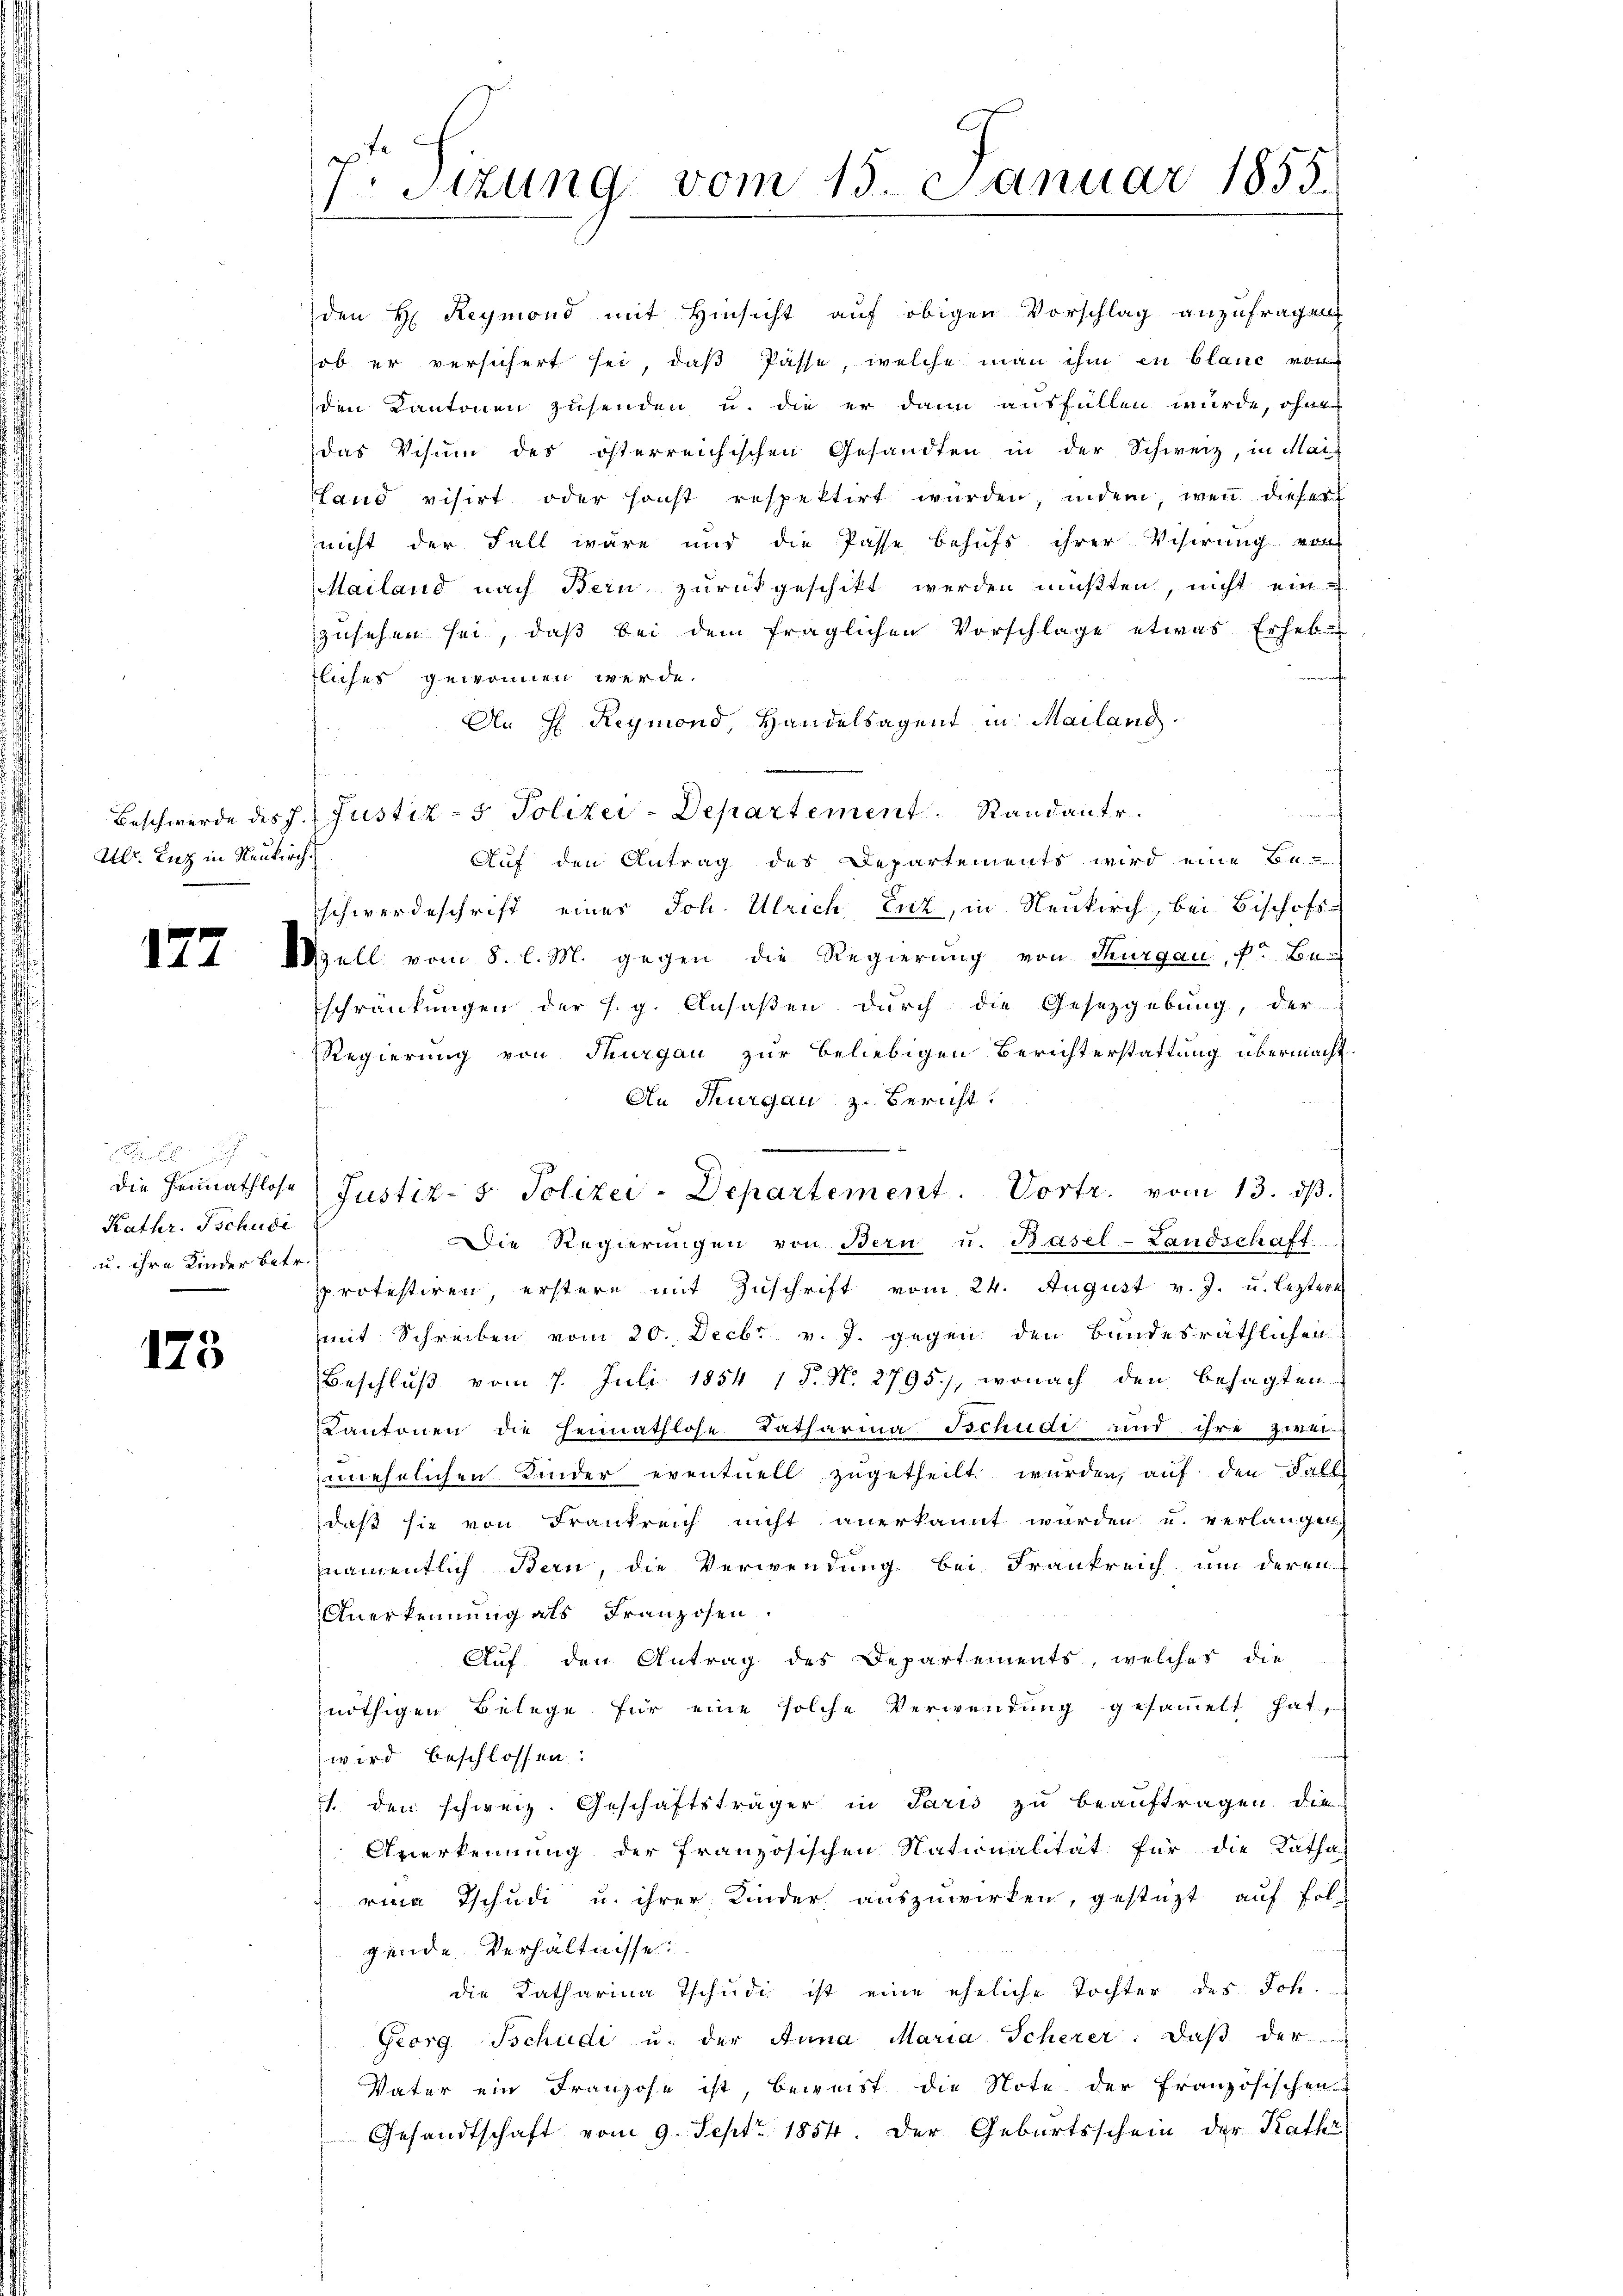
Ulr. Enz in Neukirch

177

175

Kathr. Tschudi
u. ihre Kinder betr.

Er Sitzung vom 15. Januar 1855.

den H: Reymond mit Hinsicht auf obigen Vorschlag anzufragen
ob er versichert sei, daß Pässe, welche man ihm in blanc von
den Kantonen zusenden u. die er dann ausfüllen wurde, oh
das Visum des österreichischen Gesandten in der Schweiz, in Mai-
Hand visirt oder sonst respektirt würden, indem, wenn dieser
nicht der Fall wäre und die Pässe behufs ihrer Visirung von
Mailand nach Bern zurückgeschikt werden mußten, nicht einzusehen sei, daß bei dem fraglichen Vorschlage etwas Erheb
fliches gewonnen werde.
An H: Reymond, Handelsagent in Mailand.
Beschwerde des J. Justiz- & Polizei-Departement Standante.
Auf den Antrag des Departements wird eine Be-
schwerdeschrift einer Joh. Ulrich Euz, in Neukirch, bei Bischofs-
Well vom 8. l. M. gegen die Regierung von Thurgau, Fr. Be-
schränkungen der s. g. Ansaßen durch die Gesetzgebung, der
Regierung von Thurgau zur beliebigen Berichterstattung übermacht.
An Thurgau, z. Bericht.
Die Regierŭngen von Bern u. Basel-Landschaft
sprotestiren, erstere mit Zuschrift vom 24. August v. J. u. leztere
mit Schreiben vom 20. Decbr v. J. gegen den Bundesräthlichen
Beschluß vom 7. Juli 1854 1 P. N. 2795), wonach den besagten
Kantonen die Heimathlose Katharina Tschudi und ihre zwei-
mnehrlichen Kinder eventuell zugetheilt wurden, auf den Falle
daß sie von Frankreich nicht anerkannt wurden u. verlangen
namentlich Bern, die Verwendung bei Frankreich um deren
Anerkennung als Franzosen.
Auf den Antrag des Departements, welches die
nöthigen Belege für eine solche Verwendung gesammelt hat,
wird beschlossen:
 den schweiz. Geschäftsträger in Paris zu beauftragen die
Anerkennung der französischen Nationalität für die Katha
rina Tschudi u. ihrer Kinder auszuwirken, gestützt auf fol-
gende Verhältnisse
die Katharina Tschudi ist eine eheliche Tochter des Joh.
Georg Tschudi u. der Anna Maria Scherer: daß der
Vater ein Franzose ist, beweist die Note der französischen
Gesandtschaft vom 9. Sept. 1854. Der Geburtsschein der Kathr

die Heimathlose Justiz- & Polizei-Departement. Vortr. vom 13. dβ.